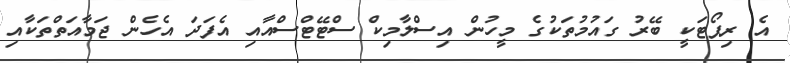
އެ ރިޕޯޓަކީ ބޭރު ގައުމުތަކުގެ މީހުން އިސްލާމިކް ސްޓޭޓްސްއާއި އެފަދަ އެހެން ޖަމާއަތްތަކާއި